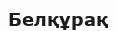
Белқұрақ